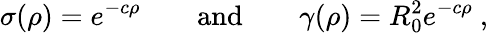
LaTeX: \sigma(\rho)=e^{-c\rho}\quad\quad\mathrm{and}\quad\quad\gamma(\rho)=R_{0}^{2}e^{-c\rho}~,